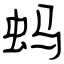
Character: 蚂